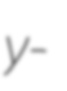
y-